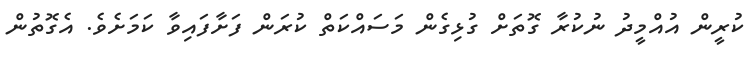
ކުރީން އުއްމީދު ނުކުރާ ގޮތަށް ގުޅިގެން މަސައްކަތް ކުރަން ފަށާފައިވާ ކަމަށެވެ. އެގޮތުން